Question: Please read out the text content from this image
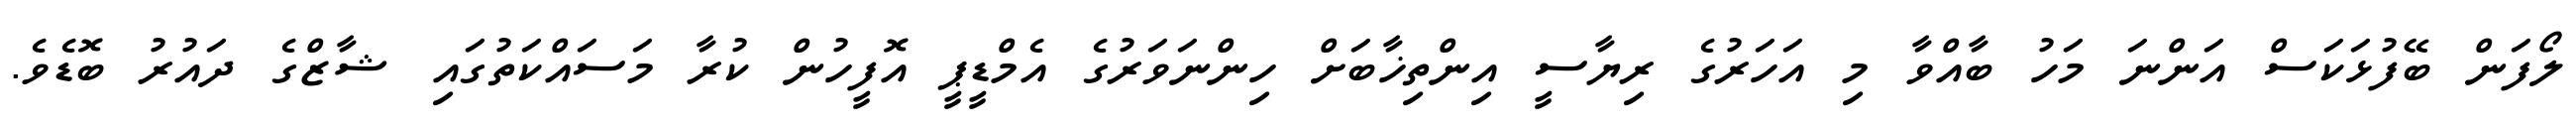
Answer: ލޯފަން ބޭފުޅަކަސް އަންނަ މަހު ބާއްވާ މި އަހަރުގެ ރިޔާސީ އިންތިޚާބަށް ހިންނަވަރުގެ އެމްޑީޕީ އޮފީހުން ކުރާ މަސައްކަތުގައި ޝާޒްގެ ދައުރު ބޮޑެވެ.